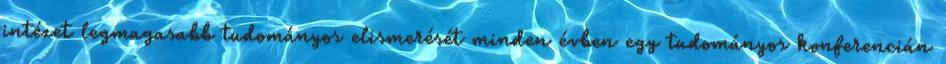
intézet legmagasabb tudományos elismerését minden évben egy tudományos konferencián